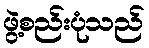
ဖွဲ့စည်းပုံသည်